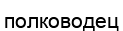
полководец